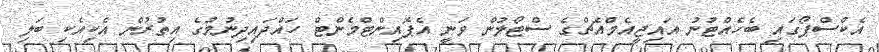
އެކްސްޕޯގައި ބެހެއްޓުނު އައިޖީއެމްއެޗްގެ ސްޓޯލުން ވަނީ އެޕޮއިންޓްމެންޓް ހައްދައިދިނުމުގެ އިތުރުން އެކިއެކި ބަލި